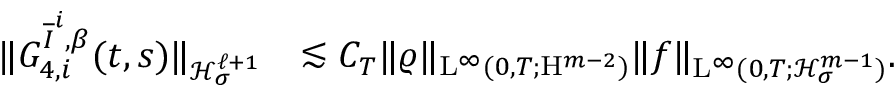
\begin{array} { r l } { \Vert G _ { 4 , i } ^ { \overline { { I } } ^ { i } , \beta } ( t , s ) \Vert _ { \mathcal { H } _ { \sigma } ^ { \ell + 1 } } } & { \lesssim C _ { T } \Vert \varrho \Vert _ { \mathrm { L } ^ { \infty } ( 0 , T ; \mathrm { H } ^ { m - 2 } ) } \Vert f \Vert _ { \mathrm { L } ^ { \infty } ( 0 , T ; \mathcal { H } _ { \sigma } ^ { m - 1 } ) } . } \end{array}